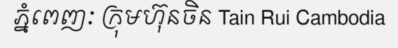
ភ្នំពេញៈ ក្រុមហ៊ុនចិន Tain Rui Cambodia